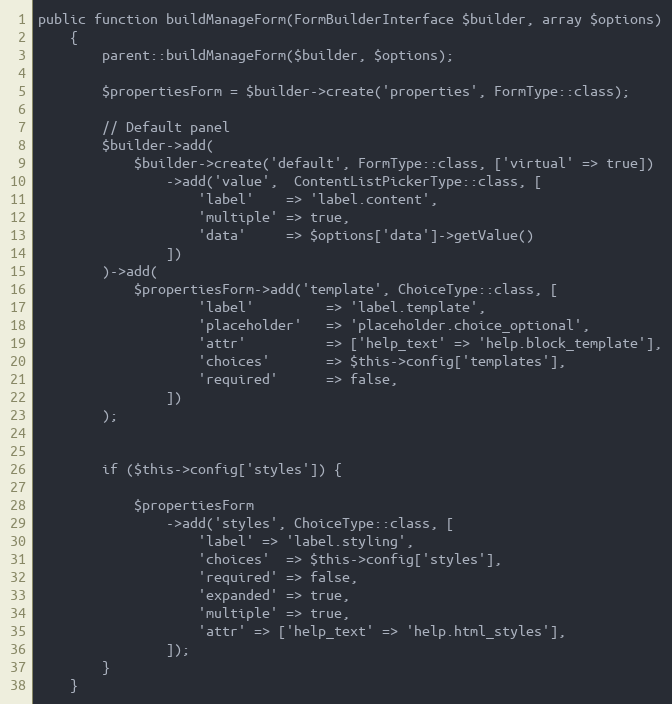
Language: PHP
public function buildManageForm(FormBuilderInterface $builder, array $options)
    {
        parent::buildManageForm($builder, $options);

        $propertiesForm = $builder->create('properties', FormType::class);

        // Default panel
        $builder->add(
            $builder->create('default', FormType::class, ['virtual' => true])
                ->add('value',  ContentListPickerType::class, [
                    'label'    => 'label.content',
                    'multiple' => true,
                    'data'     => $options['data']->getValue()
                ])
        )->add(
            $propertiesForm->add('template', ChoiceType::class, [
                    'label'         => 'label.template',
                    'placeholder'   => 'placeholder.choice_optional',
                    'attr'          => ['help_text' => 'help.block_template'],
                    'choices'       => $this->config['templates'],
                    'required'      => false,
                ])
        );

        if ($this->config['styles']) {

            $propertiesForm
                ->add('styles', ChoiceType::class, [
                    'label' => 'label.styling',
                    'choices'  => $this->config['styles'],
                    'required' => false,
                    'expanded' => true,
                    'multiple' => true,
                    'attr' => ['help_text' => 'help.html_styles'],
                ]);
        }
    }